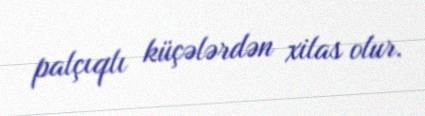
palçıqlı küçələrdən xilas olur.